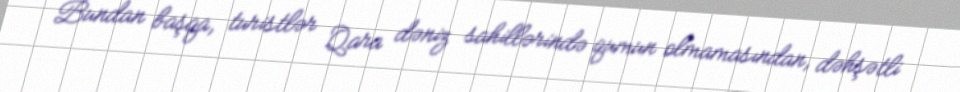
Bundan başqa, turistlər Qara dəniz sahillərində qumun olmamasından, dəhşətli